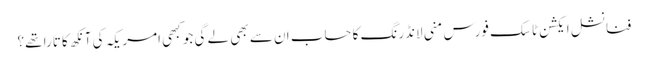
فنانشل ایکشن ٹاسک فورس منی لانڈرنگ کا حساب ان سے بھی لے گی جو کبھی امریکہ کی آنکھ کا تارا تھے؟